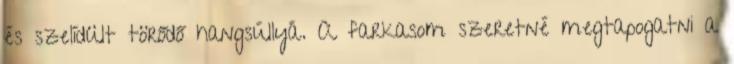
és szelídült törődő hangsúllyá. A farkasom szeretné megtapogatni a